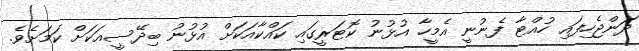
ދަންޖެހިފައި ހުއްޓާ ފެނުނީ އެމީހާ އުޅުނު ކޮޓަރީގައި ކައްކާއަކަށް އުޅުނު ބިދޭސީއަކަށް ކަމަށެވެ.